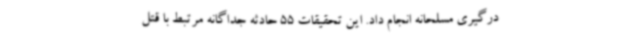
درگیری مسلحانه انجام داد. این تحقیقات 55 حادثه جداگانه مرتبط با قتل